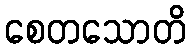
စေတသောတိ